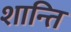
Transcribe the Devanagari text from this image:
शान्‍ति